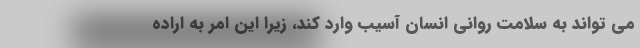
می تواند به سلامت روانی انسان آسیب وارد کند، زیرا این امر به اراده